Civil Veterinary Dept. North-West Frontier Province 1901-22 - 1901-1922
Year: 1901
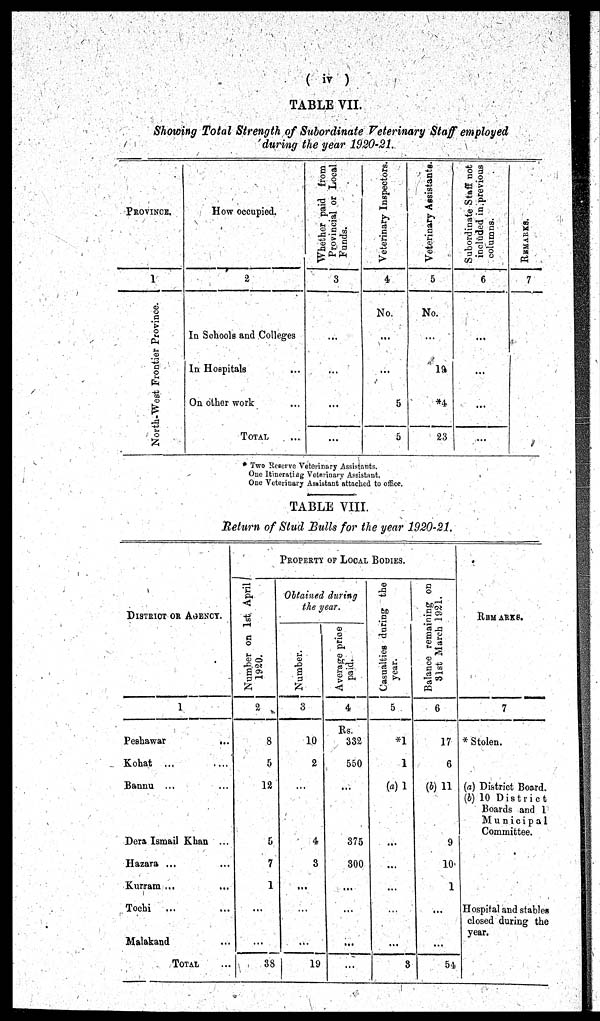
(iv)
TABLE VII.
Showing Total Strength of Subordinate Veterinary Staff employed
during the year 1920-21.
PROVINCE.
1
North-West
Frontier Province.
How occupied.
2
In Schools and Colleges
In Hospitals ...
On other work ...
TOTAL ...
Whether paid from
Provincial or Local
Funds.
3
...
...
...
...
Veterinary Inspectors.
4
No.
...
...
5
5
Veterinary Assistants.
5
No.
...
19
*4
23
Subordinate Staff not
included in previous
columns.
6
...
...
...
...
REMARKS.
7
* Two Reserve Veterinary Assistants.
One Itinerating Veterinary Assistant.
One Veterinary
Assistant attached to office.
TABLE VIII.
Return of Stud Bulls for the year 1920-21.
DISTRICTOR OR AGENCY.
1
Peshawar
...
Kohat
... ...
Bannu ... ...
Dera Ismail Khan ...
Hazara ...
Kurram ... ...
Tochi ... ...
Malakand ...
TOTAL ...
PROPERTY OF LOCAL BODIES.
Number on 1st April
1920.
2
8
5
12
5
7
1
...
...
38
Obtained during
the year.
Number.
3
10
2
...
4
3
...
...
...
19
Average price
paid.
4
Rs.
332
550
...
375
300
...
...
...
...
Casualties during the
year.
5
*1
1
(a) 1
...
...
...
...
...
3
Balance remaining on
31st March 1921.
6
17
6
(b) 11
9
10
1
...
...
54
REMARKS.
7
* Stolen.
(a) District Board.
(b) 10 District
Boards and 1
Municipal
Committee.
Hospital and stables
closed during the
year.